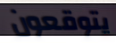
يتوقعون